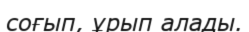
соғып, ұрып алады.